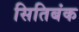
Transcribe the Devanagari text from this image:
सितिबंक